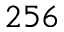
2 5 6